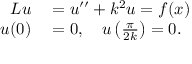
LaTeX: \begin{array} { r l } { L u } & { { } = u ^ { \prime \prime } + k ^ { 2 } u = f ( x ) } \\ { u ( 0 ) } & { { } = 0 , \quad u \left( { \frac { \pi } { 2 k } } \right) = 0 . } \end{array}